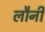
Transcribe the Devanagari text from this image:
लौनी